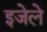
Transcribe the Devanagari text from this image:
इजेले